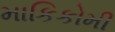
માકિકોમી